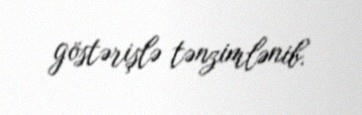
göstərişlə tənzimlənib.